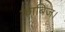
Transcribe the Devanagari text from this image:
काबिज।